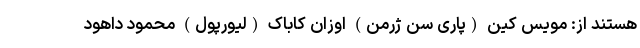
هستند از: مویس کین (پاری سن ژرمن) اوزان کاباک (لیورپول) محمود داهود